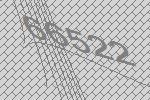
66522